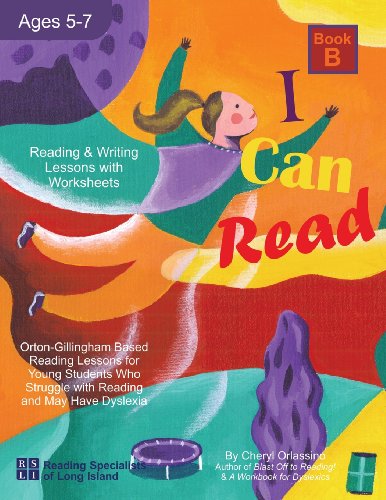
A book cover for I Can Read, Book B: Orton-Gillingham Based Reading Lessons for Young Students Who Struggle with Reading and May Have Dyslexia; Cheryl Orlassino; Education & Teaching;